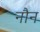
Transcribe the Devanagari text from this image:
नौन